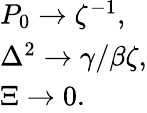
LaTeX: \begin{array}{l}{P_{0}\to\zeta^{-1},}\\ {\Delta^{2}\to\gamma/\beta\zeta,}\\ {\Xi\to 0.}\end{array}